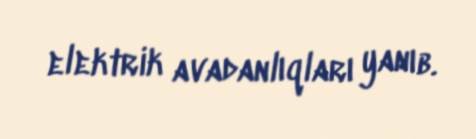
elektrik avadanlıqları yanıb.